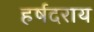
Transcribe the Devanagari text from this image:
हर्षदराय